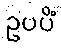
ဥပပိံ